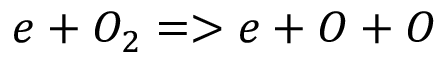
e + O _ { 2 } = > e + O + O